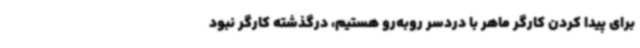
برای پیدا کردن کارگر ماهر با دردسر روبه‌رو هستیم، درگذشته کارگر نبود